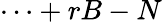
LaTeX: \cdots+rB-N